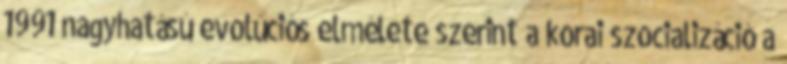
1991 nagyhatású evolúciós elmélete szerint a korai szocializáció a